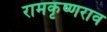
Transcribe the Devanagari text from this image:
रामकृष्णराव